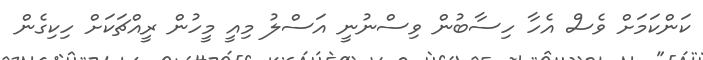
ކަންކަމަށް ވެސް އެހާ ހިސާބުން ވިސްނުނީ އަސްލު މިއީ މީހުން ރީއްޗަކަށް ހިކިގެން